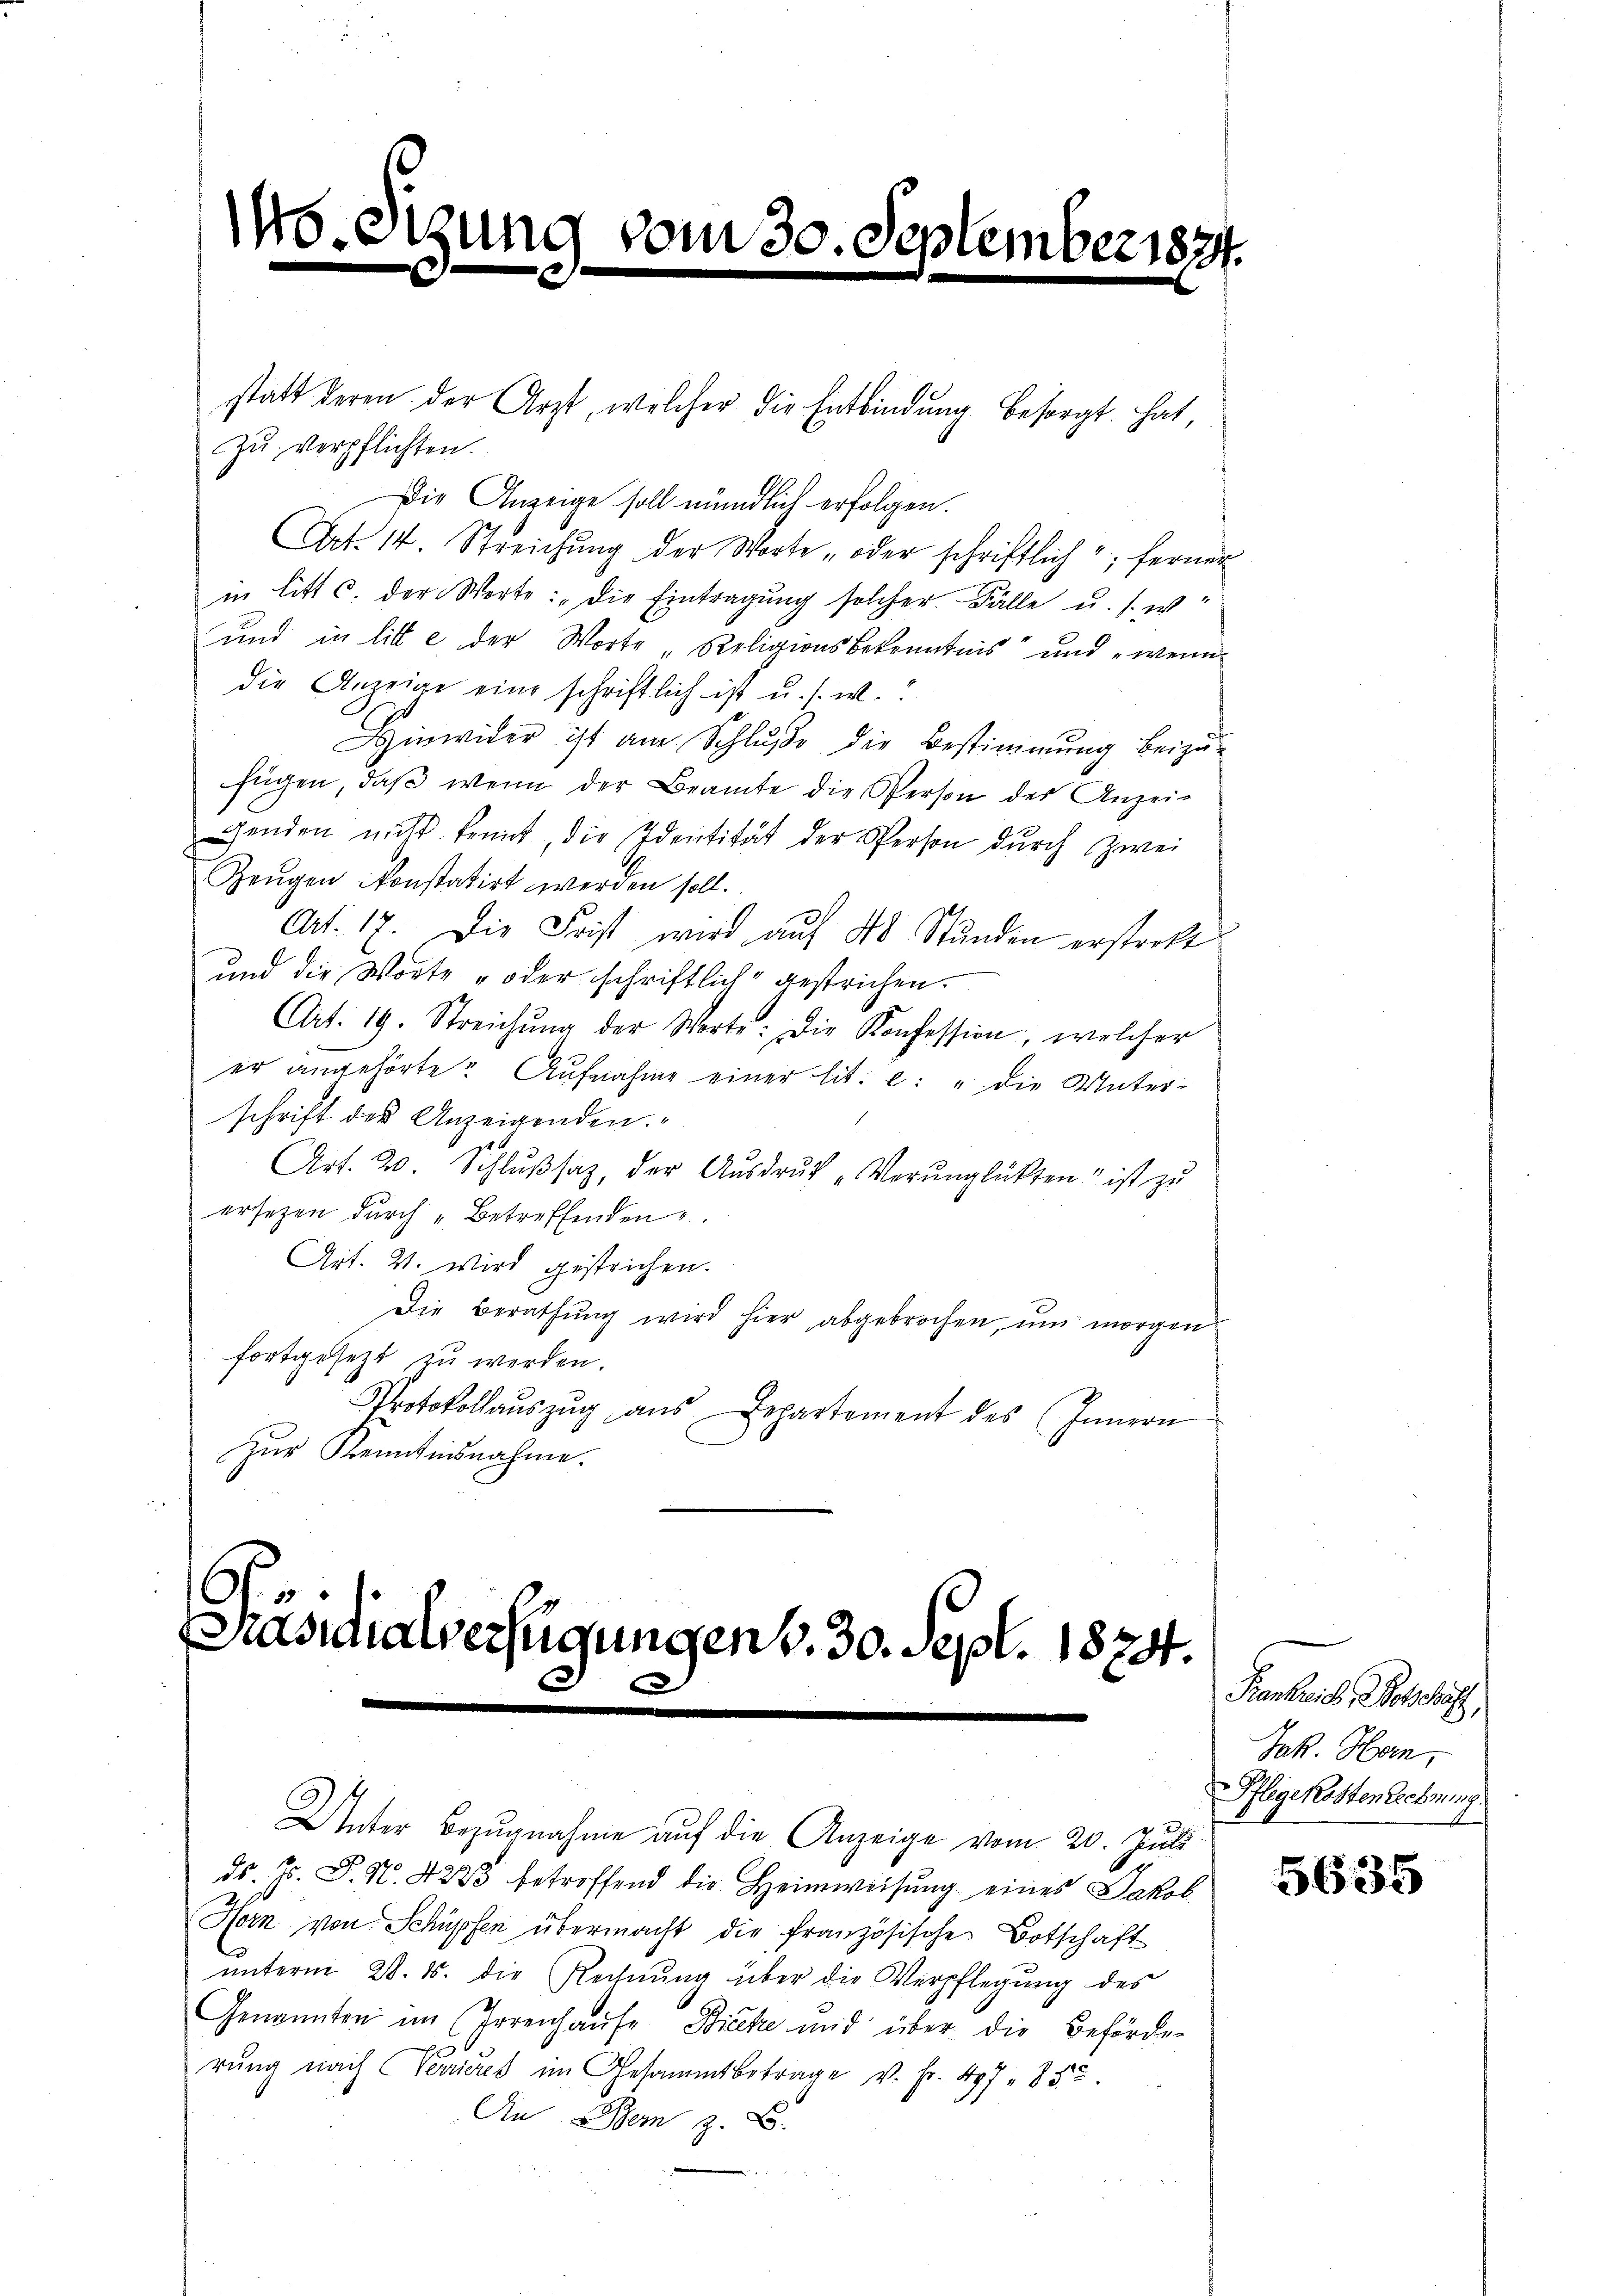
146.

statt deren der Arzt, welcher die Entbindung besorgt hat,
zu verpflichten.
Die Anzeige soll mündlich erfolgen.
Art. 14 Streichung der Worte „oder schriftlich; ferner
in litt c. der Worte: „Die Eintragŭng solcher Fälle u. s. w.
und in litte der Worte Religionsbekenntnis und „wenn
die Anzeige eine schriftlich ist u. s. w.
Hinwider ist am Schluße die Bestimmung beizu-
fügen, daβ wenn der Beamte die Person des Anzeigenden nicht kennt die Identität der Person durch Zwei
Zeugen konstatirt werden soll.
Art. 17. Die Frist wird aŭf 48 Stŭnden erstraft
und die Worte „oder schriftlich gestrichen.
Art. 19. Streichŭng der Worte: Die Konfession, welcher
er angehörte? Aŭfnahme einer lit. c: "die Unter-
schrift der Anzeigenden.
Art. 20. Schlŭβsaz, der Aŭsdrŭck „Verŭnglückten ist zu
ersetzen durch „Betreffenden.
Art. 21. wird gestrichen.
Die Berathung wird hier abgebrochen, um morgen
fortgesetzt zu werden.
Protokollauszug aus Departement des Innern
zŭr Kenntnisnahme.

Präsidialverfügungen v. 30. Sept. 1874.
.

digung

vom 30. September 1874

Unter Bezŭgnahme aŭf die Anzeige vom 20. Juli
ds. Js. P. N. 423 betroffend die Heimweisung eines Jakob
Horn von Schüpfen übermacht die französische Botschaft
ŭnterm 28. d. die Rechnŭng über die Verpflegŭng des
Genannten im Irrenhaŭse Bicke mir über die Beförder
rŭng nach Veniert im Gesammtbetrage v. Fr. 497 852.
An Dem z. B.

Fienheit, Botschäft
Jak. Horn,
Pflegekosten Rechnung.

5635